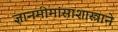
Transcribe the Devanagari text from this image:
ज्ञानमीमांसाशास्त्राने